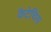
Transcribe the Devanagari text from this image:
कैटेचिंस